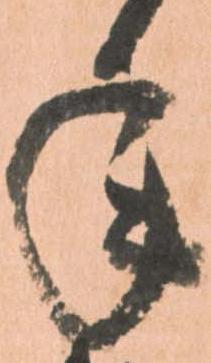
年